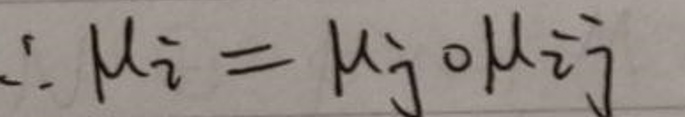
\(\therefore \mu \overrightarrow { i } = \mu \overrightarrow { j } \circ \mu \overrightarrow { j }\)